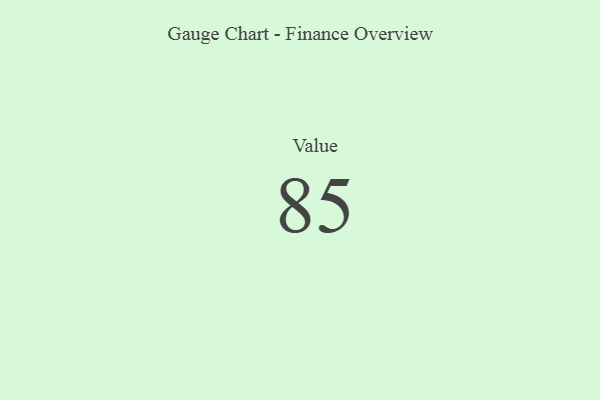
{"axis": {"x": "Metric", "y": "Value"}, "legend": [""], "data": [{"x": "Value", "y": 85, "type": ""}]}